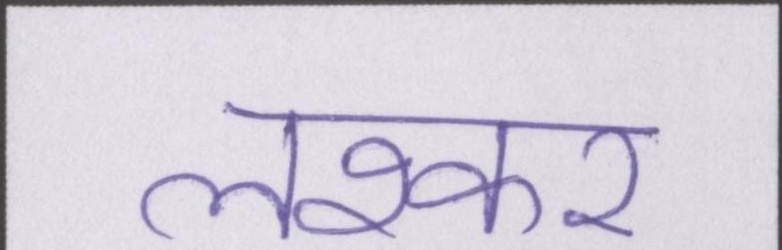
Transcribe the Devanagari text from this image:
लश्कर